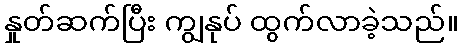
နှုတ်ဆက်ပြီး ကျွနုပ် ထွက်လာခဲ့သည်။